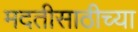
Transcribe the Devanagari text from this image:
मदतीसाठीच्या